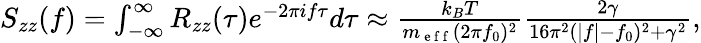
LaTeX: \begin{array}{r}{S_{zz}(f)=\int_{-\infty}^{\infty}R_{zz}(\tau)e^{-2\pi if\tau}d\tau\approx\frac{k_{B}T}{m_{\mathrm{~e~f~f~}}(2\pi f_{0})^{2}}\frac{2\gamma}{16\pi^{2}(|f|-f_{0})^{2}+\gamma^{2}},}\end{array}